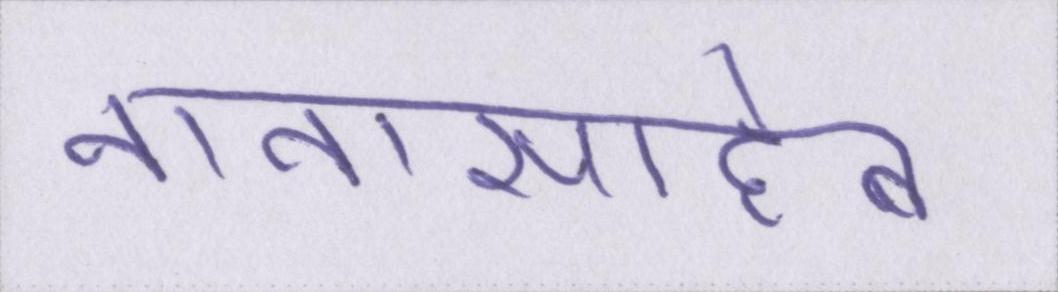
नानासाहेब